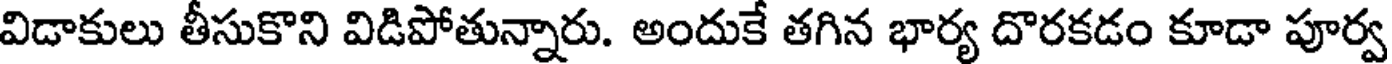
విడాకులు తీసుకొని విడిపోతున్నారు. అందుకే తగిన భార్య దొరకడం కూడా పూర్వ